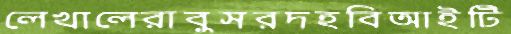
লেখালেরাবুসরদহবিআইটি